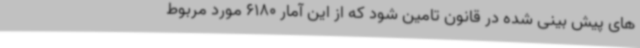
های پیش بینی شده در قانون تامین شود که از این آمار 6180 مورد مربوط